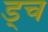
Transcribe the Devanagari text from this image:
ड्च